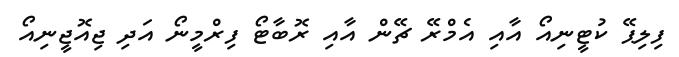
ފިލިޕޭ ކުޓީނިއޯ އާއި އެމްރޭ ޗޭން އާއި ރޮބާޓޯ ފިރްމީނޯ އަދި ޖިއޮޖީނިއޯ